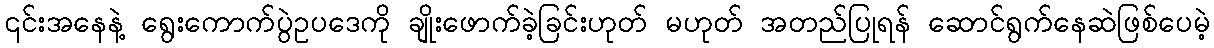
၎င်းအနေနဲ့ ရွေးကောက်ပွဲဥပဒေကို ချိုးဖောက်ခဲ့ခြင်းဟုတ် မဟုတ် အတည်ပြုရန် ဆောင်ရွက်နေဆဲဖြစ်ပေမဲ့